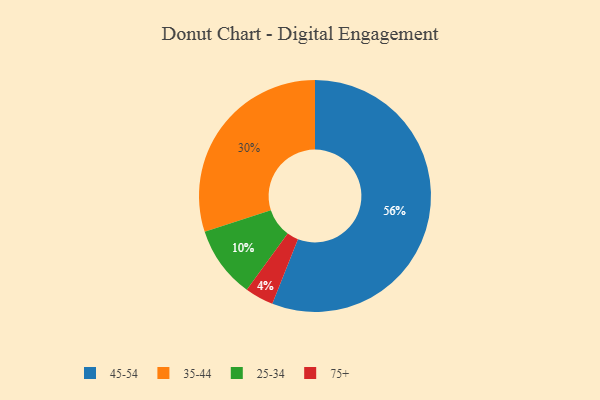
{"axis": {"x": "Category", "y": "Percentage"}, "legend": ["25-34", "35-44", "45-54", "75+"], "data": [{"x": "75+", "y": 4, "type": "75+"}, {"x": "35-44", "y": 30, "type": "35-44"}, {"x": "25-34", "y": 10, "type": "25-34"}, {"x": "45-54", "y": 56, "type": "45-54"}]}